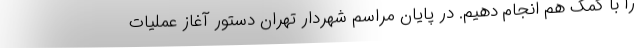
را با کمک هم انجام دهیم. در پایان مراسم شهردار تهران دستور آغاز عملیات